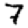
Digit: 7